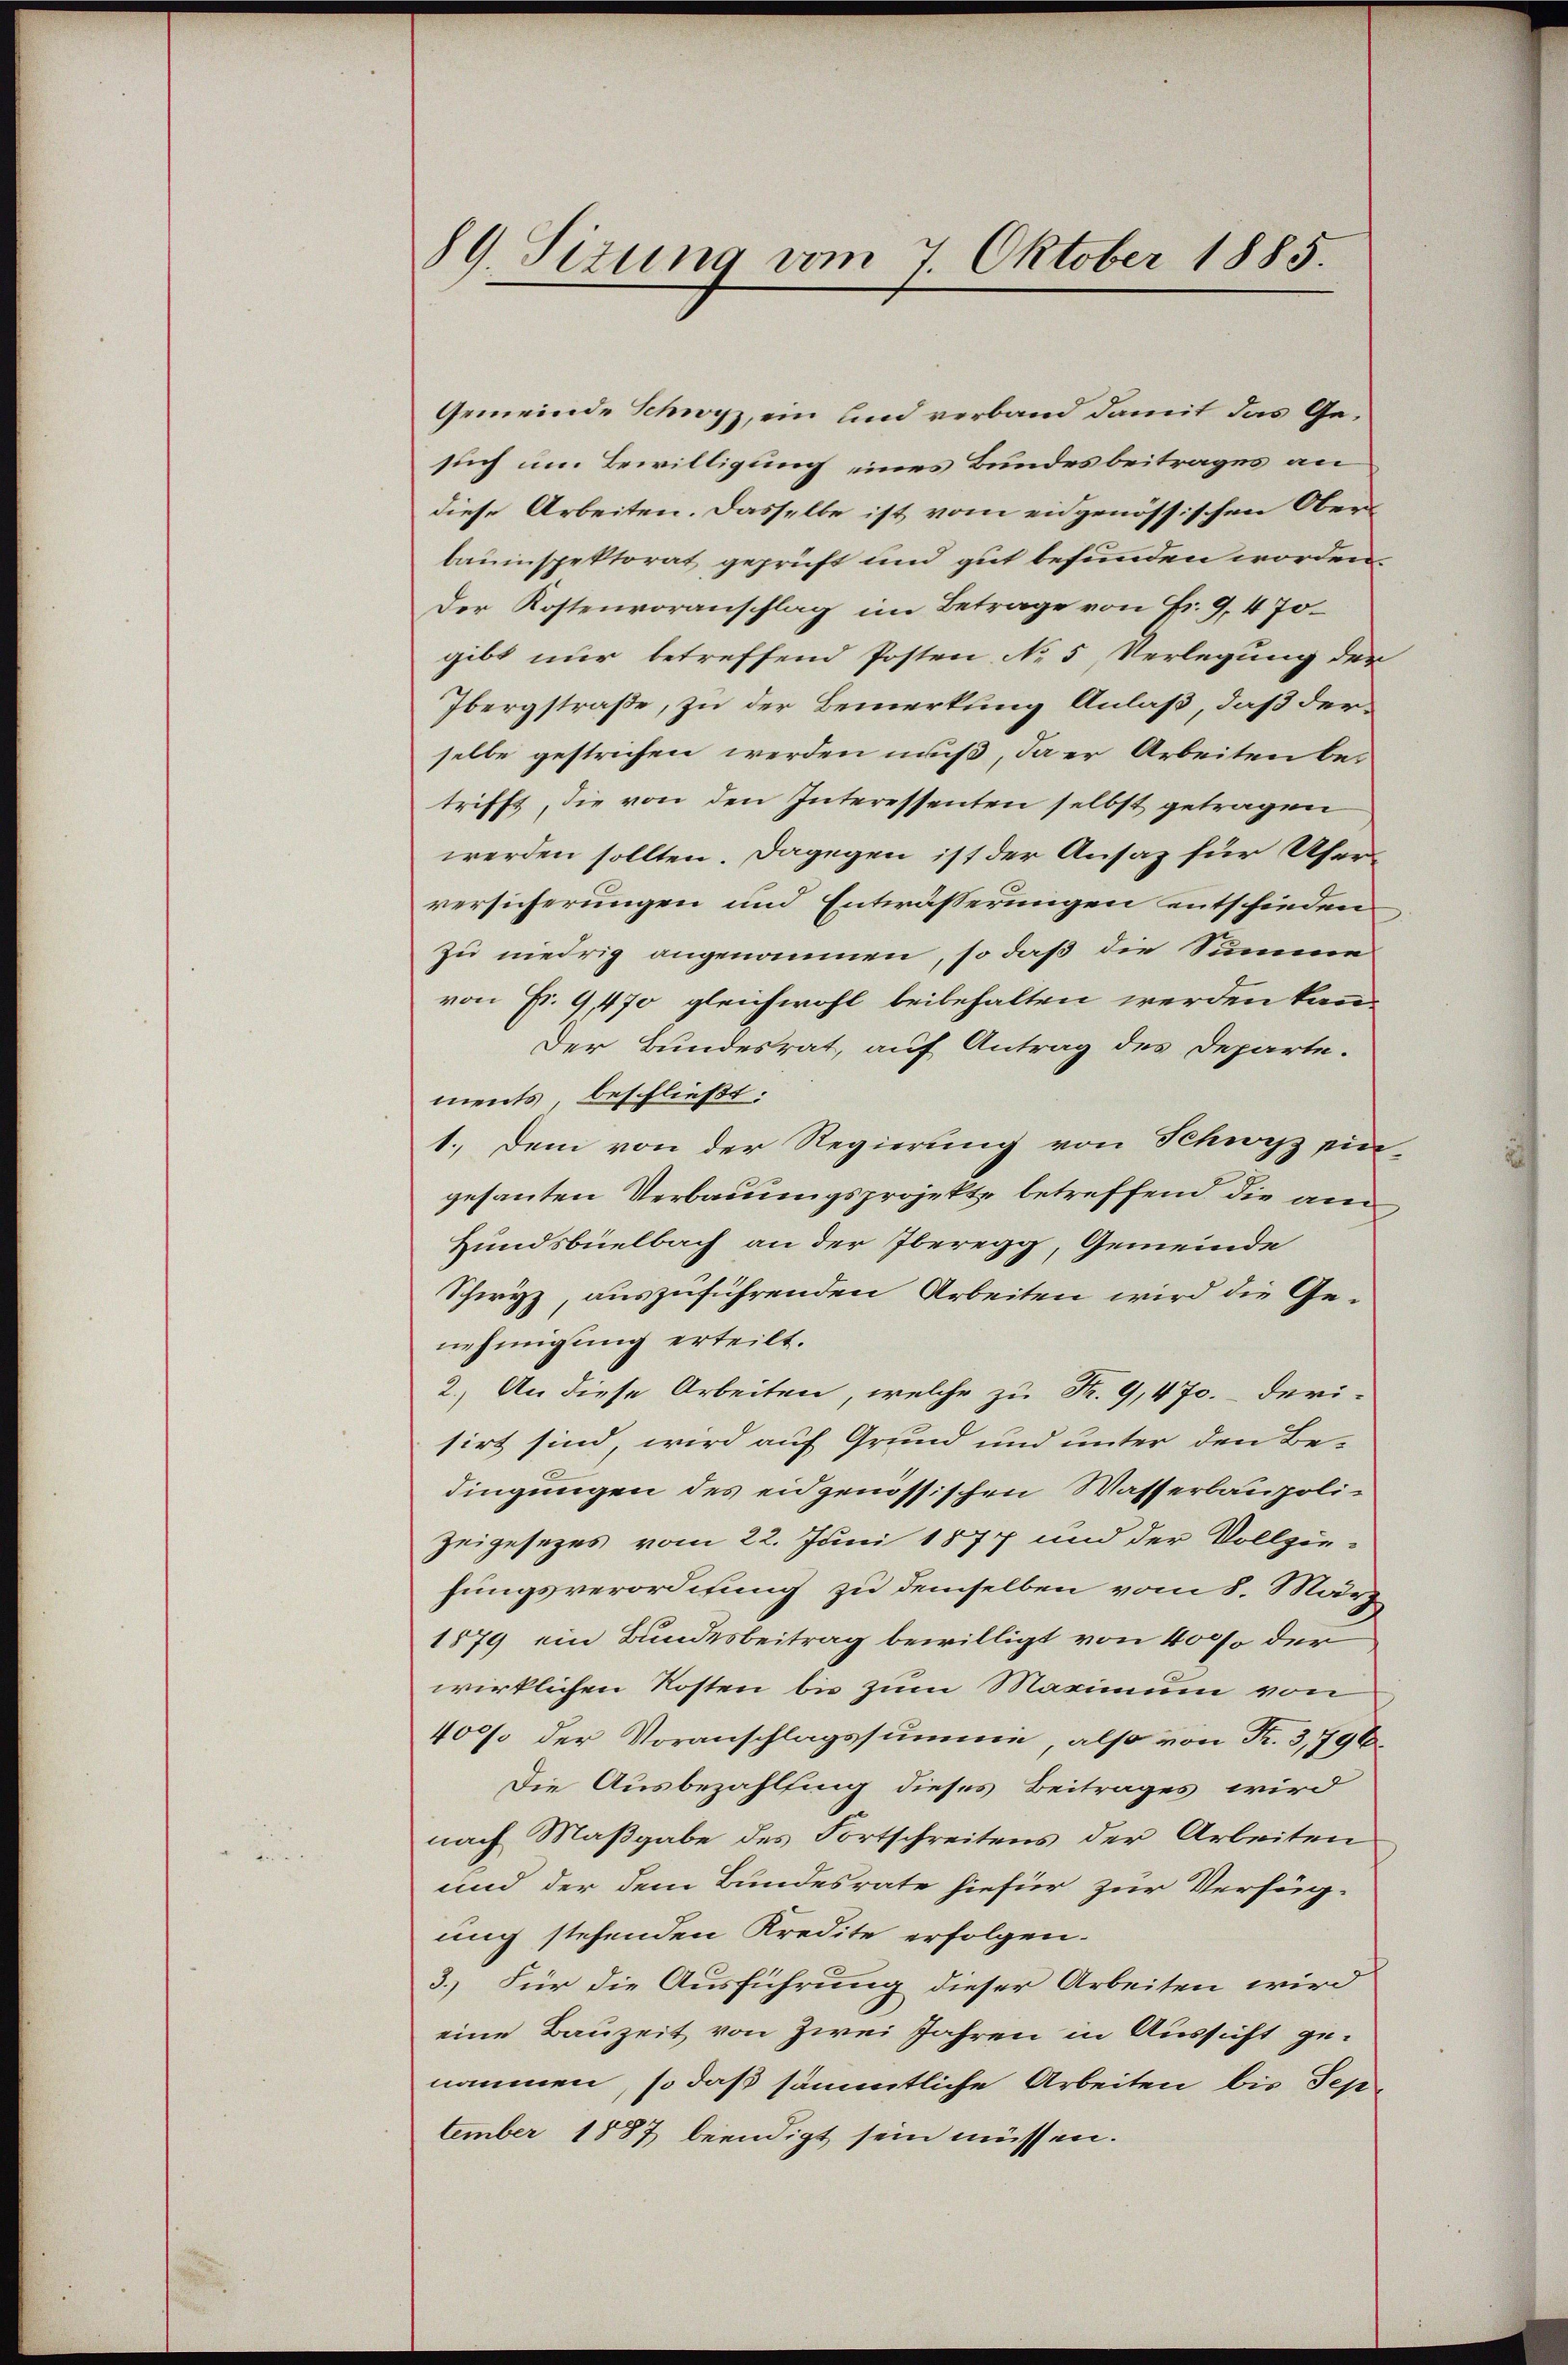
89. Situng vom 7. Oktober 1885.

Gemeinde Schwyz, ein und verband damit das Gesuch um Bewilligung eines Bundesbeitrages an
diese Arbeiten. Dasselbe ist vom eidgenössischen Oberbauinspektorat geprüft und gut befunden worden.
Der Kostenvoranschlag im Betrage von Fr. 9, 470.
gibt nur betreffend Posten No 5 Verlegung der
Ibergstraße, zu der Bemerkung Anlaß, daß derselbe gestrichen werden muß, da er Arbeiten betrifft, die von den Interessenten selbst getragen
werden sollten. Dagegen ist der Ansaz für Ufer-
versicherungen und Entwässerungen entschieden
zu niedrig angenommen, so daß die Summe
von Fr. 9470 gleichwohl beibehalten werden kann.
Der Bundesrat, auf Antrag des Departe.
ments, beschließt:
1. Dem von der Regierung von Schwyz ein-
gesanten Verbauungsprojekte betreffend die am
Hundsbüelbach an der beregg, Gemeinde
Schwyz, auszuführenden Arbeiten wird die Genehmigung erteilt.
2.) An diese Arbeiten, welche zu Fr. 9,470. derisirt sind wird auf Grund und unter den Be-
dingungen des eidgenössischen Wasserbaupoli¬
Zeigesezes vom 22. Juni 1877 und der Vollzie-
hungsverordnung zu demselben vom 8. März
1879 ein Bundesbeitrag bewilligt von 4000 der
wirklichen Kosten bis zum Maximum von
400 der Voranschlagssumme, also von Fr. 3,796
Die Ausbezahlung dieses Beitrages wird
nach Maßgabe des Fortschreitens der Arbeiten
und der dem Bundesrate hiefür zur Verfüg-
ung stehenden Kredite erfolgen.
3.) Für die Ausführung dieser Arbeiten wird
eine Bauzeit von Zwei Jahren in Aussicht genommen, so daß sämmtliche Arbeiten bis Sep
tember 1887 beendigt sein müssen.